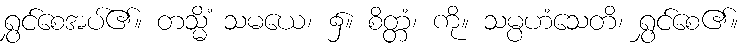
ရွှင်စေအပ်၏။ တသ္မိံ သမယေ၊ ၌။ စိတ္တံ၊ ကို။ သမ္ပဟံသေတိ၊ ရွှင်စေ၏။